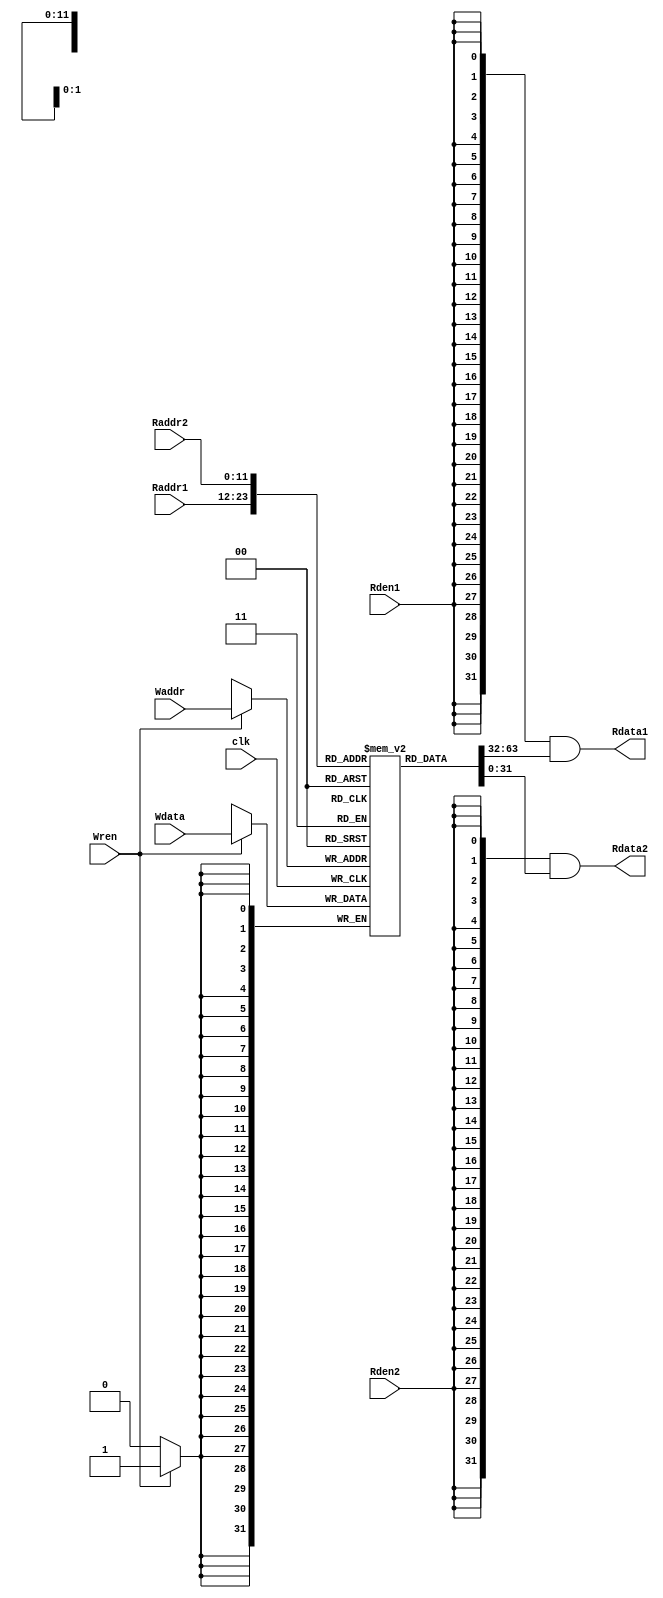
/* =========================================
* Ideal Memory Module for MIPS CPU Core
* Synchronize write (clock enable)
* Asynchronize read (do not use clock signal)
*
* Version: v0.0.1
*===========================================
*/

`timescale 10 ns / 1 ns

module ideal_mem #(
	parameter ADDR_WIDTH = 14,
	parameter MEM_WIDTH = 2 ** (ADDR_WIDTH - 2)
	) (
	input			clk,			//source clock of the MIPS CPU Evaluation Module

	input [ADDR_WIDTH - 3:0]	Waddr,			//Memory write port address
	input [ADDR_WIDTH - 3:0]	Raddr1,			//Read port 1 address
	input [ADDR_WIDTH - 3:0]	Raddr2,			//Read port 2 address

	input			Wren,			//write enable
	input			Rden1,			//port 1 read enable
	input			Rden2,			//port 2 read enable

	input [31:0]	Wdata,			//Memory write data
	output [31:0]	Rdata1,			//Memory read data 1
	output [31:0]	Rdata2			//Memory read data 2
);

reg [31:0]	mem [MEM_WIDTH - 1:0];

`define ADDIU(rt, rs, imm) {6'b001001, rs, rt, imm}
`define LW(rt, base, off) {6'b100011, base, rt, off}
`define SW(rt, base, off) {6'b101011, base, rt, off}
`define BNE(rs, rt, off) {6'b000101, rs, rt, off}

  initial begin
	 // fill memory region [100, 200) with [0, 100)
	 mem[0] = `ADDIU(5'd1, 5'd0, 16'd100);
	 mem[1] = `ADDIU(5'd2, 5'd0, 16'd0);
	 mem[2] = `SW(5'd2, 5'd2, 16'd100);
	 mem[3] = `ADDIU(5'd2, 5'd2, 16'd4);
	 mem[4] = `BNE(5'd1, 5'd2, 16'hfffd);
	 
	 // copy memory region [100, 200) to memory region [200, 300)
	 mem[5] = `ADDIU(5'd2, 5'd0, 16'd0);
	 mem[6] = `LW(5'd3, 5'd2, 16'd100);
	 mem[7] = `SW(5'd3, 5'd2, 16'd200);
	 mem[8] = `ADDIU(5'd2, 5'd2, 16'd4);
	 mem[9] = `BNE(5'd1, 5'd2, 16'hfffc);
	 
	 mem[10] = `BNE(5'd1, 5'd0, 16'hffff);
  end

always @ (posedge clk)
begin
	if (Wren)
		mem[Waddr] <= Wdata;
end

assign Rdata1 = {32{Rden1}} & mem[Raddr1];
assign Rdata2 = {32{Rden2}} & mem[Raddr2];

endmodule